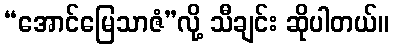
“အောင်မြေသာဇံ”လို့ သီချင်း ဆိုပါတယ်။